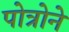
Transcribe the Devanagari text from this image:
पोत्रोने